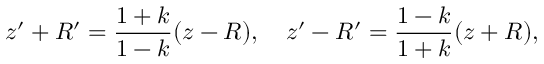
z ^ { \prime } + R ^ { \prime } = { \frac { 1 + k } { 1 - k } } ( z - R ) , \quad z ^ { \prime } - R ^ { \prime } = { \frac { 1 - k } { 1 + k } } ( z + R ) ,